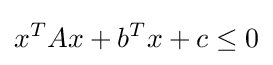
x^{T}Ax+b^{T}x+c\leq 0